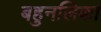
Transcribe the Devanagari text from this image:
बहुनलिका